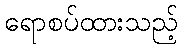
ရောစပ်ထားသည့်